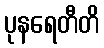
ပုနရေတီတိ